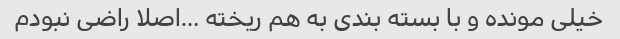
خیلی مونده و با بسته بندی به هم ریخته …اصلا راضی نبودم